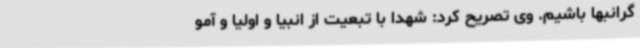
گرانبها باشیم. وی تصریح کرد: شهدا با تبعیت از انبیا و اولیا و آمو